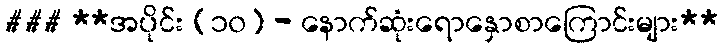
### **အပိုင်း (၁၀) - နောက်ဆုံးရောနှောစာကြောင်းများ**